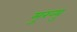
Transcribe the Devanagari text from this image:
मुख्यु